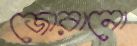
জোরানো